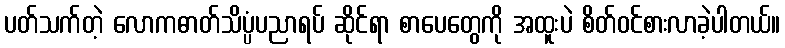
ပတ်သက်တဲ့ လောကဓာတ်သိပ္ပံပညာရပ် ဆိုင်ရာ စာပေတွေကို အထူးပဲ စိတ်ဝင်စားလာခဲ့ပါတယ်။